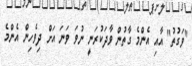
"ވަގުތު" އާއި އެންމެ ގާތުން ވާދަކުރަނީ ނުވަ ވަނަ އަށް ދިވެހިން އެންމެ